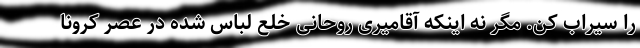
را سیراب کن. مگر نه اینکه آقامیری روحانی خلع لباس شده در عصر کرونا